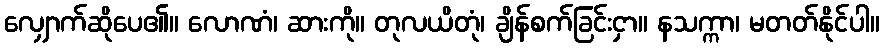
လျှောက်ဆိုပေ၏။ လောဏံ၊ ဆားကို။ တုလယိတုံ၊ ချိန်စက်ခြင်းငှာ။ နသက္ကာ၊ မတတ်နိုင်ပါ။